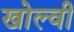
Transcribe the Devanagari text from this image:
खोल्वी